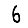
Digit: 6